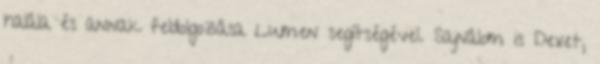
halála és annak feldolgozása Lumen segítségével. Sajnálom is Dexet,